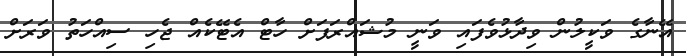
އޭނާގެ ވަކީލުން ވިދާޅުވެފައި ވަނީ މުޝައްރަފަށް ހާޓް އެޓޭކެއް ޖެހި ސިއްހަތު ވަރަށް